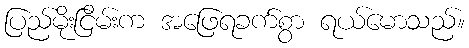
ပြည်မိုးငြိမ်းက အဖြေရခက်စွာ ရယ်မောသည်။